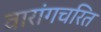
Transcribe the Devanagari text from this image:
वारांगचरित